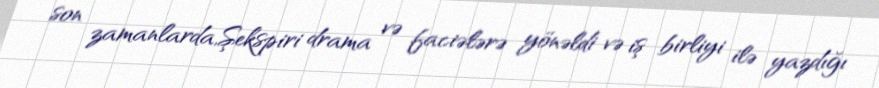
son zamanlarda,Şekspiri drama və faciələrə yönəldi və iş birliyi ilə yazdığı